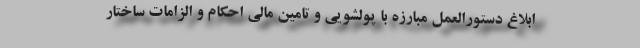
ابلاغ دستورالعمل مبارزه با پولشویی و تامین مالی احکام و الزامات ساختار